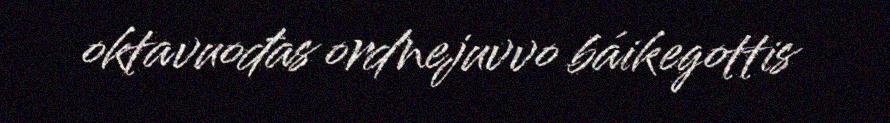
oktavuođas ordnejuvvo báikegottis